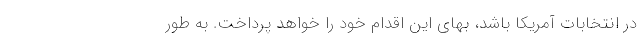
در انتخابات آمریکا باشد، بهای این اقدام خود را خواهد پرداخت. به طور